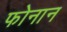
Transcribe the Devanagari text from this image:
फोनान